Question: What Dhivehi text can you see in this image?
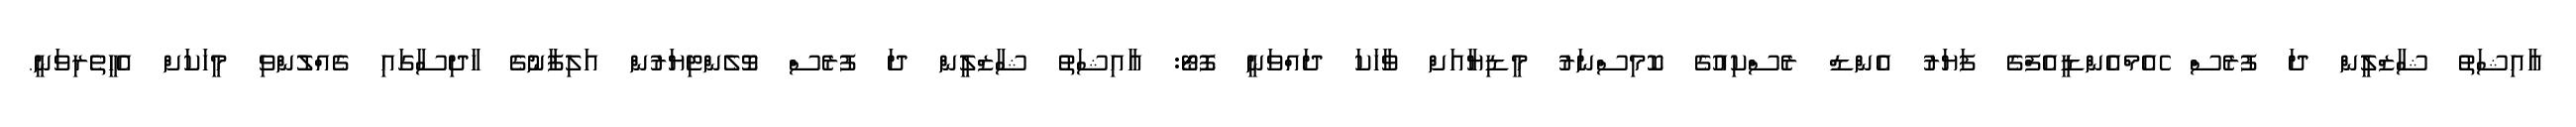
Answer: އާއިޝަތު ޝާޒްލީން ދަ ފުރެސް ެއެމްއެންޑީއެފްގެ ފަޔަރު އެންޑް ރެސްކިއުގެ ކޮމިސްނަރު މީޑިޔާއަށް ވާހަކަ ދައްވަނީ ފޮޓޯ: އާއިޝަތު ޝާޒްލީން ދަ ފުރެސް ވޮލެންޓިޔަރުން އަލިފާނުގެ ހާދިސާގައި ގެއްލުންވި މީހަކަށް އެހީތެރިވަނީ.